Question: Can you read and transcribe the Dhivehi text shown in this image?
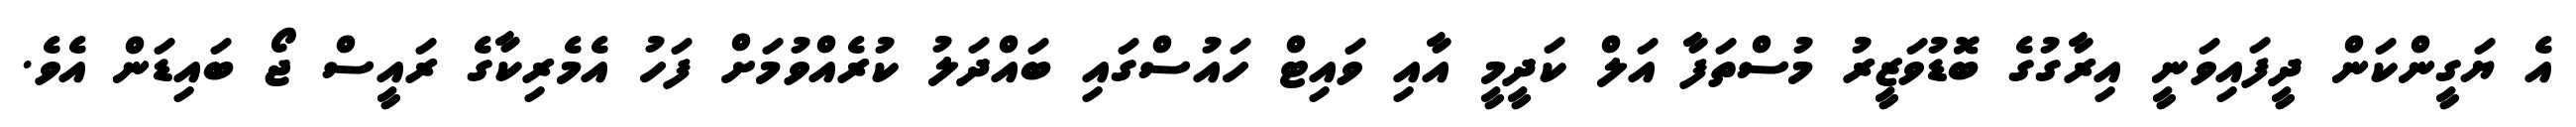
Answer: އެ ޔަގީންކަން ދީފައިވަނީ އިރާގުގެ ބޮޑުވަޒީރު މުސްތަފާ އަލް ކަދީމީ އާއި ވައިޓް ހައުސްގައި ބައްދަލު ކުރެއްވުމަށް ފަހު އެމެރިކާގެ ރައީސް ޖޯ ބައިޑަން އެވެ.